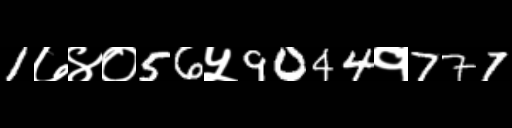
Text: 1७४०56५9044१777